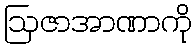
ဩဇာအာဏာကို